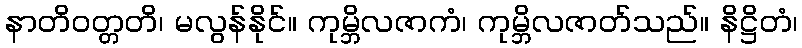
နာတိဝတ္တတိ၊ မလွန်နိုင်။ ကုမ္ဘိလဇာကံ၊ ကုမ္ဘိလဇာတ်သည်။ နိဋ္ဌိတံ၊